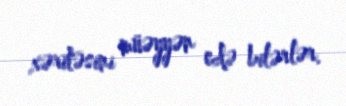
xəritəsini müəyyən edə bilərlər.